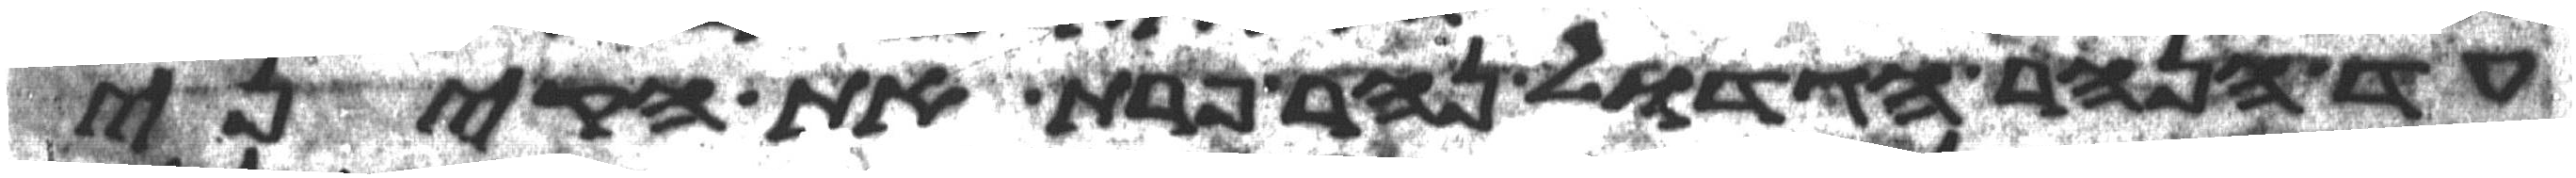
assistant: עד הנהר הגדול נהר פרת את הקיני